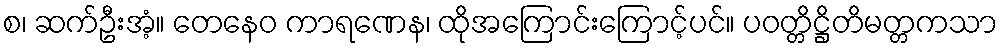
စ၊ ဆက်ဦးအံ့။ တေနေဝ ကာရဏေန၊ ထိုအကြောင်းကြောင့်ပင်။ ပဝတ္တိဋ္ဌိတိမတ္တကသာ